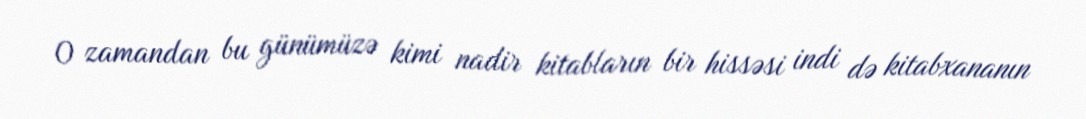
O zamandan bu günümüzə kimi nadir kitabların bir hissəsi indi də kitabxananın